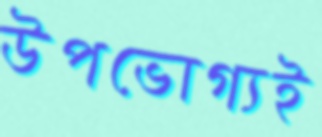
উপভোগ্যই